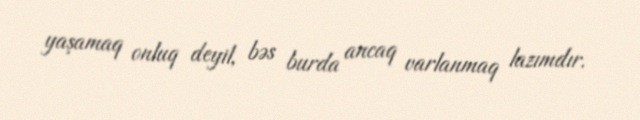
yaşamaq onluq deyil, bəs burda ancaq varlanmaq lazımdır.